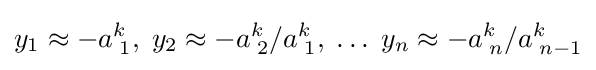
y_{1}\approx -a_{\;1}^{k},\;y_{2}\approx -a_{\;2}^{k}/a_{\;1}^{k},\;\dots \;y_{n}\approx -a_{\;n}^{k}/a_{\;n-1}^{k}